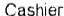
CASHIER